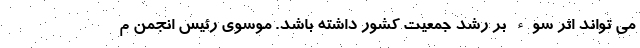
می تواند اثر سوء بر رشد جمعیت کشور داشته باشد. موسوی رئیس انجمن م